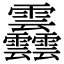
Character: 䨺